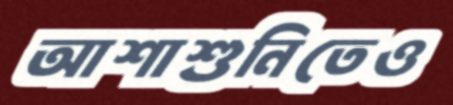
আশাশুনিতেও